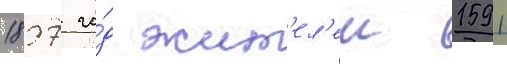
1897 го́д жит'ел'еи 1591